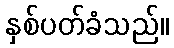
နှစ်ပတ်ခံသည်။